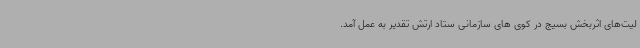
لیت‌های اثربخش بسیج در کوی های سازمانی ستاد ارتش تقدیر به عمل آمد.